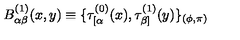
B _ { \alpha \beta } ^ { ( 1 ) } ( x , y ) \equiv \{ \tau _ { [ \alpha } ^ { ( 0 ) } ( x ) , \tau _ { \beta ] } ^ { ( 1 ) } ( y ) \} _ { ( \phi , \pi ) }